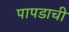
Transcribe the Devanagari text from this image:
पापडाची